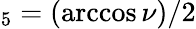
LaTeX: _5=(\operatorname{arccos}\nu)/2